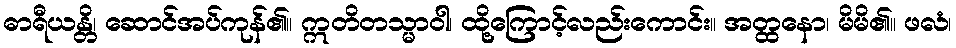
ဓာရီယန္တိ၊ ဆောင်အပ်ကုန်၏။ ဣတိတသ္မာဝါ၊ ထို့ကြောင့်လည်းကောင်း။ အတ္ထနော၊ မိမိ၏။ ဖလံ၊